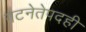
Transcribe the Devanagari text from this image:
गटनेतेपदही